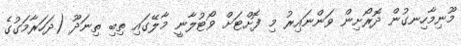
މޫނިމާހިނގުން ދޮރޯށިން ވަންނައިރު މި ފޮށްޓަށް ވޯޓުލާނީ މާލޭގައި ތިބި ތިނަދޫ (ދަހަރާމަގުގެ